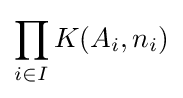
\prod _{i\in I}K(A_{i},n_{i})